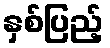
နှစ်ပြည့်